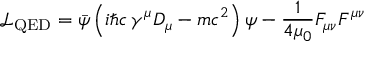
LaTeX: { \mathcal { L } } _ { \mathrm { Q E D } } = { \bar { \psi } } \left( i \hbar c \, \gamma ^ { \mu } D _ { \mu } - m c ^ { 2 } \right) \psi - { \frac { 1 } { 4 \mu _ { 0 } } } F _ { \mu \nu } F ^ { \mu \nu }